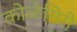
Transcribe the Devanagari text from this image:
कोळेगिरी